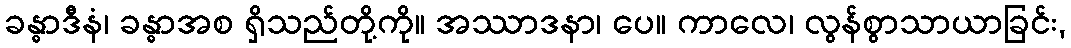
ခန္ဓာဒီနံ၊ ခန္ဓာအစ ရှိသည်တို့ကို။ အဿာဒနာ၊ ပေ။ ကာလေ၊ လွန်စွာသာယာခြင်း,